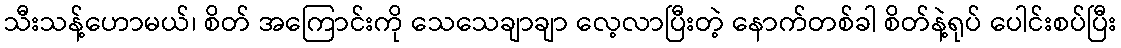
သီးသန့်ဟောမယ်၊ စိတ် အကြောင်းကို သေသေချာချာ လေ့လာပြီးတဲ့ နောက်တစ်ခါ စိတ်နဲ့ရုပ် ပေါင်းစပ်ပြီး